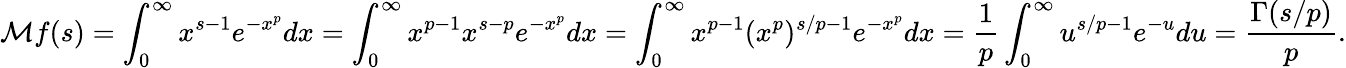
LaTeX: {\mathcal{M}}f(s)=\int_{0}^{\infty}x^{s-1}e^{-x^{p}}dx=\int_{0}^{\infty}x^{p-1}x^{s-p}e^{-x^{p}}dx=\int_{0}^{\infty}x^{p-1}(x^{p})^{s/p-1}e^{-x^{p}}dx={\frac{1}{p}}\int_{0}^{\infty}u^{s/p-1}e^{-u}du={\frac{\Gamma(s/p)}{p}}.